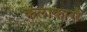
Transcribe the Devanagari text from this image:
कलाकारौं